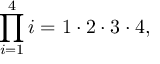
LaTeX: \prod _ { i = 1 } ^ { 4 } i = 1 \cdot 2 \cdot 3 \cdot 4 ,